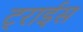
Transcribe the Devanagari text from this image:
ट्राईस